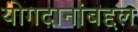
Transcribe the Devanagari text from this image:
योगदानांबद्दल